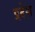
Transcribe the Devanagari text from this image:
प्रदेश्‍ा